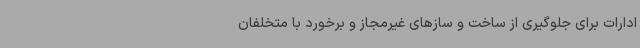
ادارات برای جلوگیری از ساخت و سازهای غیرمجاز و برخورد با متخلفان